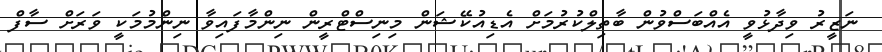
ނަޒީރު ވިދާޅުވީ އެއްބަސްވުން ބާތިލްކުރުމަށް އެޑިއުކޭޝަން މިނިސްޓްރީން ނިންމާފައިވާ ނިންމުމަކީ ވަރަށް ސާފް